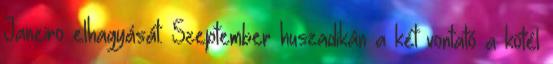
Janeiro elhagyását. Szeptember huszadikán a két vontató a kötél